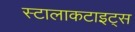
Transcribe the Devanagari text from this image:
स्टालाकटाइट्स